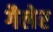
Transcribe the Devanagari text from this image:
गैलेर